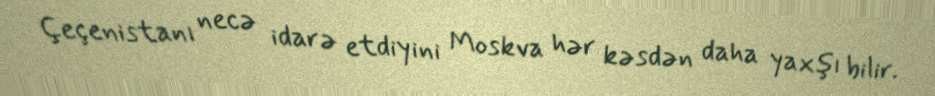
Çeçenistanı necə idarə etdiyini Moskva hər kəsdən daha yaxşı bilir.